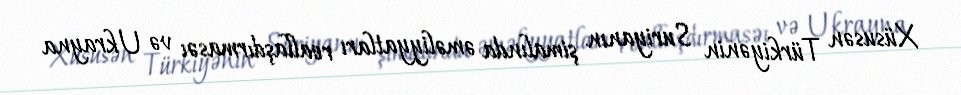
Xüsusən Türkiyənin Suriyanın şimalında əməliyyatları reallaşdırmasəı və Ukrayna